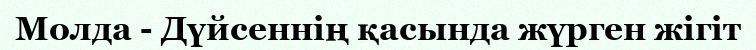
Молда - Дүйсеннің қасында жүрген жігіт